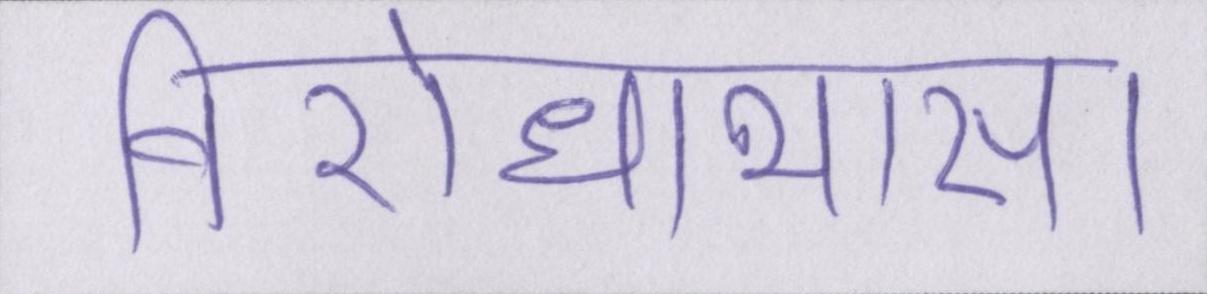
विरोधाभास।